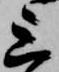
上